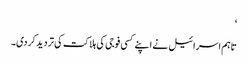
‘
تاہم اسرائیل نے اپنے کسی فوجی کی ہلاکت کی تردید کردی۔